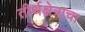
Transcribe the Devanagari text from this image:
तीर्थक्षेत्राचा